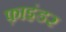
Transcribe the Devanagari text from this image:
फ़ाइंडर